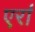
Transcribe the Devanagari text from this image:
एर्रा